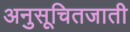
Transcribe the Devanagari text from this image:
अनुसूचितजाती